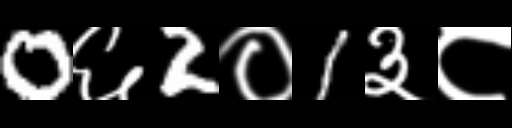
Text: 0६2०1३८